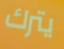
يترك